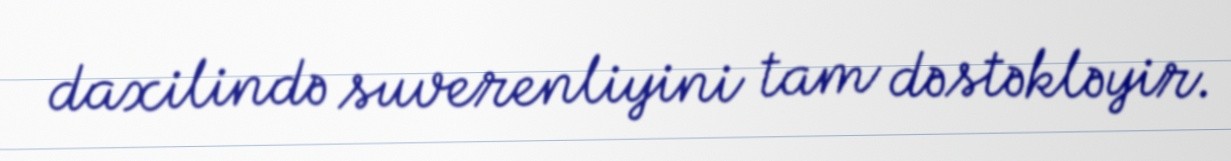
daxilində suverenliyini tam dəstəkləyir.